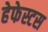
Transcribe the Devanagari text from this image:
हेफेस्टस